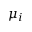
\mu _ { i }